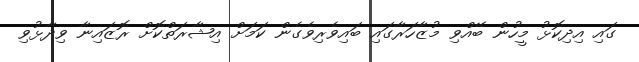
ގައި އިދިކޮޅު މީހުން ބޭއްވި މުޒާހަރާގައި ބައިވެރިވެގެން ކަމަށް އިޝާރަތްކޮށް ރޮޒައިނާ ވިދާޅުވި